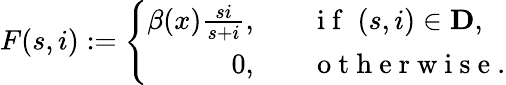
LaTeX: F(s,i):=\left\{ \begin{array}{ll}{\begin{array}{rl}{\beta(x){\frac{si}{s+i}},\quad}&{{}\mathrm{~i~f~}\; (s,i)\in\mathbf{D},}\\ {0,\quad}&{{}\mathrm{~o~t~h~e~r~w~i~s~e~}.}\end{array}}\end{array}\right.